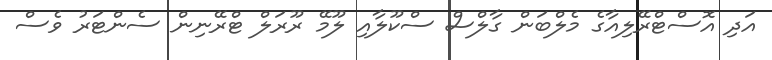
އަދި އޮސްޓްރޭލިއާގެ މެލްބަން ގާލްސް ސްކޫލާއި ލޫމޭ ރޫރަލް ޓްރޭނިން ސެންޓަރު ވެސް